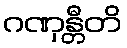
ဂဏှန္တီတိ